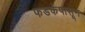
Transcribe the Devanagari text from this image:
फडकेंपासून